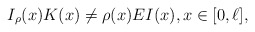
\begin{align*} I_{\rho}(x) K(x) \ne \rho(x) EI(x), x \in [0,\ell],\end{align*}